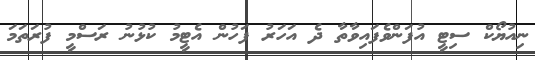
ނިއުޔޯކް ސިޓީ އުފަންވެފައިވާތާ ދެ އަހަރު ފަހުން އެޓީމު ކުޅުނު ރަސްމީ ފުރަތަމަ